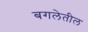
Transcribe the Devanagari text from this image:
बगलेतील